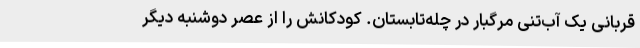
قربانی یک آب‌تنی مرگبار در چله‌تابستان. کودکانش را از عصر دوشنبه دیگر